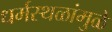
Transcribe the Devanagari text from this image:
धर्मस्थळांमुळे